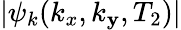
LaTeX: |\psi_{k}(k_{x},k_{\mathbf{y}},T_{2})|